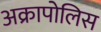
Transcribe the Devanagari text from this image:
अक्रापोलिस